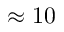
\approx 1 0